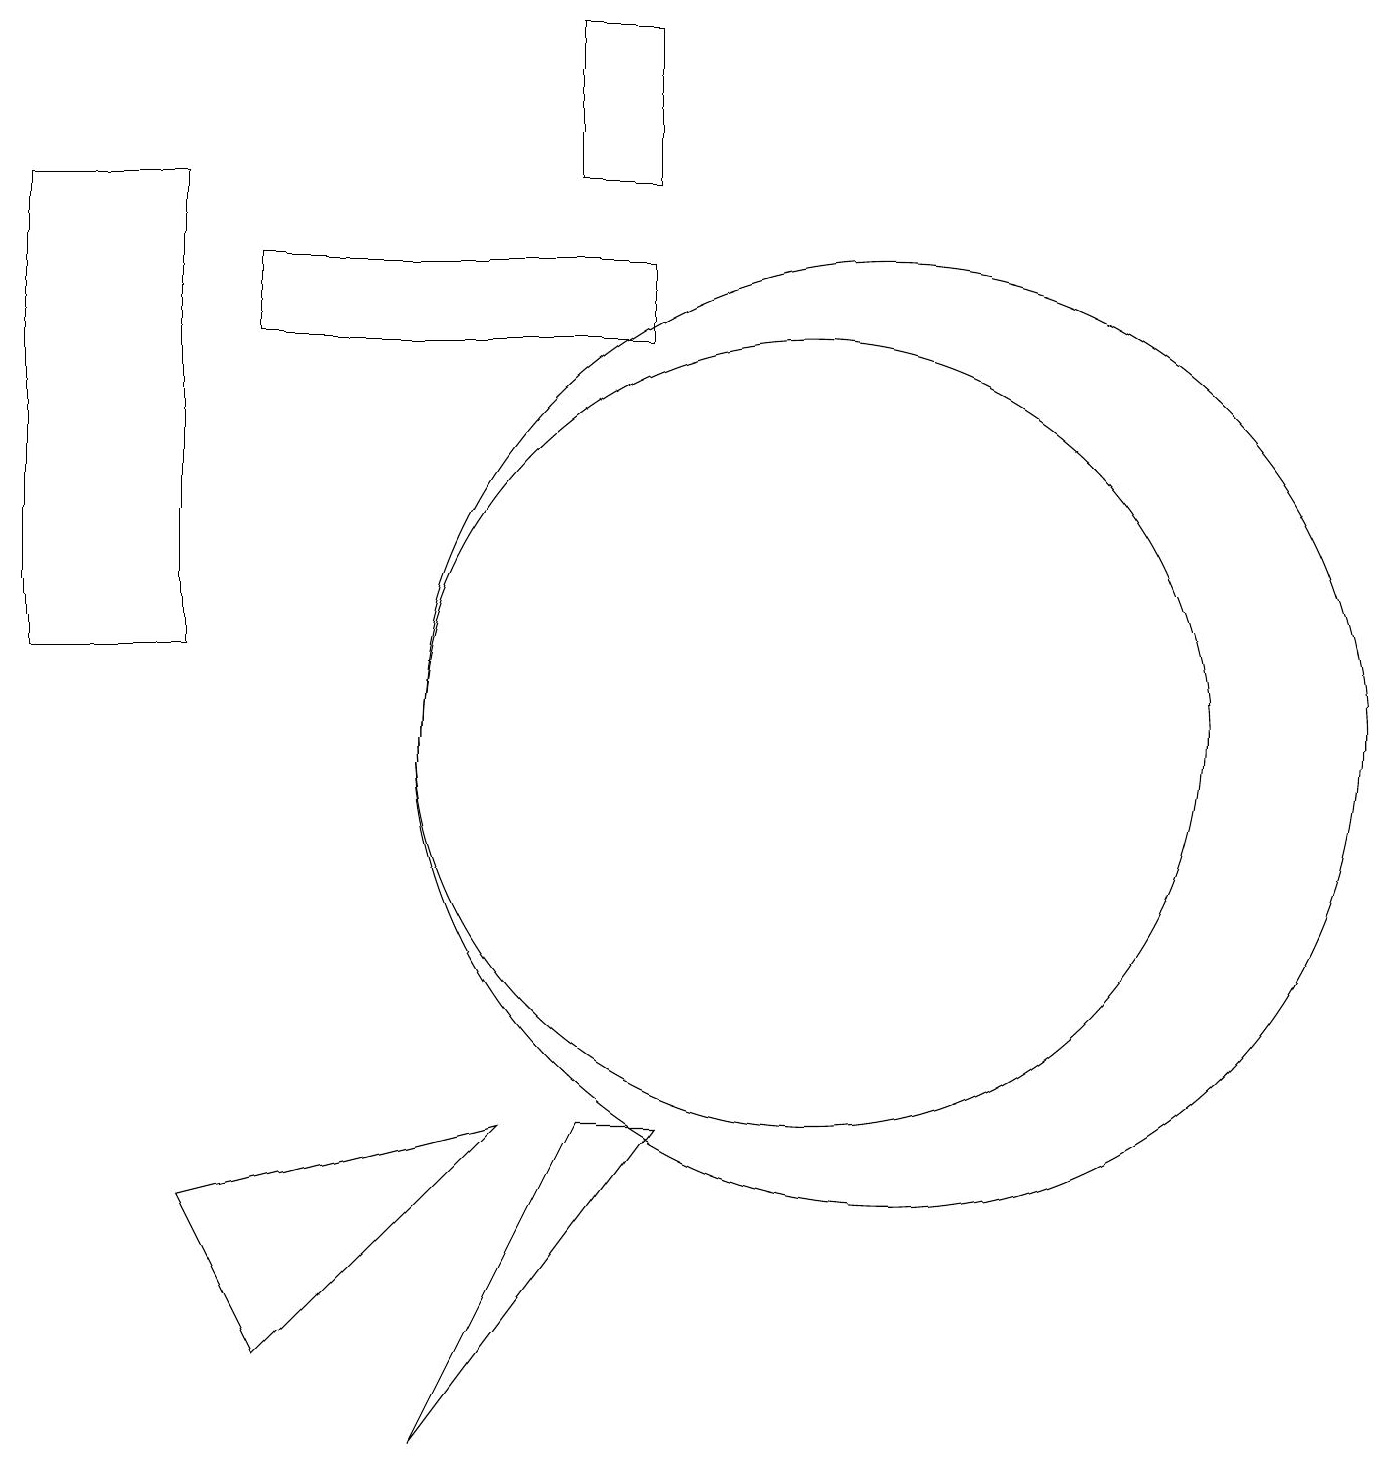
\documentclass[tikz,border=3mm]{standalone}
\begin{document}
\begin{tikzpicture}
\draw (7,5) -- (4,2) -- (3,4) -- cycle;
\draw (9,16) rectangle (4,15);
\draw (9,19) rectangle (8,17);
\draw (9,5) -- (6,1) -- (8,5) -- cycle;
\draw (11,10) circle (5);
\draw (1,17) rectangle (3,11);
\draw (12,10) circle (6);
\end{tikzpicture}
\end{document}